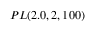
P L ( 2 . 0 , 2 , 1 0 0 )